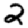
Digit: 2